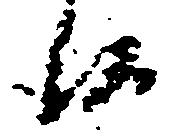
候